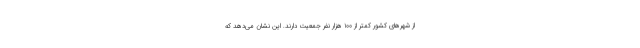
از شهرهای کشور کمتر از ۱۰۰ هزار نفر جمعیت دارند. این نشان می‌دهد که